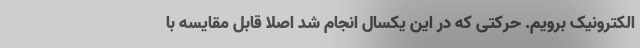
الکترونیک برویم. حرکتی که در این یکسال انجام شد اصلا قابل مقایسه با